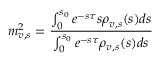
m _ { v , s } ^ { 2 } = \displaystyle { \frac { \int _ { 0 } ^ { s _ { 0 } } e ^ { - s \tau } s \rho _ { v , s } ( s ) d s } { \int _ { 0 } ^ { s _ { 0 } } e ^ { - s \tau } \rho _ { v , s } ( s ) d s } }